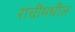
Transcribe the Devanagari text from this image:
रांचीमधील